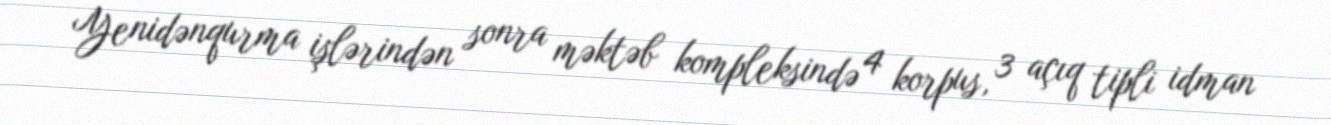
Yenidənqurma işlərindən sonra məktəb kompleksində 4 korpus, 3 açıq tipli idman